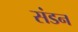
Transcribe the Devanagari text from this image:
संडन